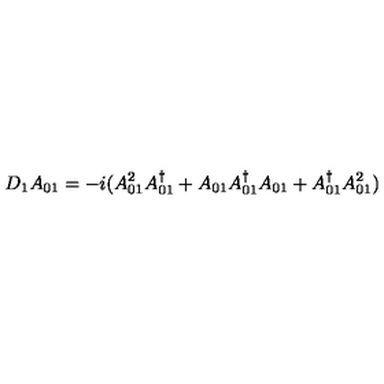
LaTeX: D _ { 1 } A _ { 0 1 } = - i ( A _ { 0 1 } ^ { 2 } A _ { 0 1 } ^ { \dag } + A _ { 0 1 } A _ { 0 1 } ^ { \dag } A _ { 0 1 } + A _ { 0 1 } ^ { \dag } A _ { 0 1 } ^ { 2 } )